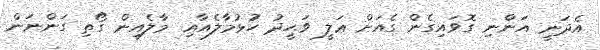
އެދަނީ އަންނި ގޮވައިގެން ގެއަށް ޢަލީ ވަޙީދު ހުޅުމާލެއާއި މާލެއިން ގޯތި ގަންނަން